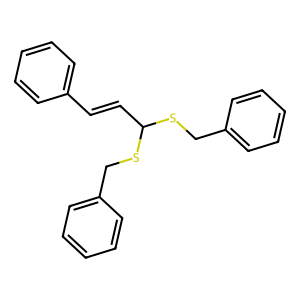
SMILES: C(=CC(SCc1ccccc1)SCc1ccccc1)c1ccccc1
Inhibits HIV replication: No